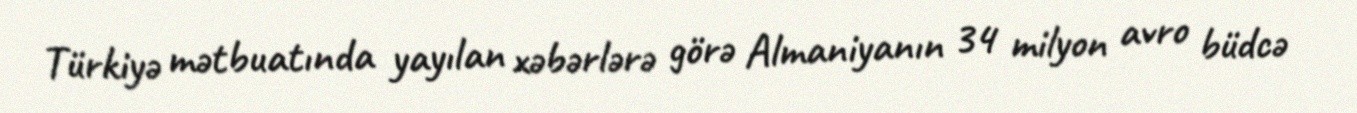
Türkiyə mətbuatında yayılan xəbərlərə görə Almaniyanın 34 milyon avro büdcə